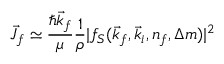
\vec { J } _ { f } \simeq \frac { \hbar \vec { k } _ { f } } { \mu } \frac { 1 } { \rho } \vert f _ { S } ( \vec { k } _ { f } , \vec { k } _ { i } , n _ { f } , \Delta m ) \vert ^ { 2 }